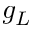
g _ { L }